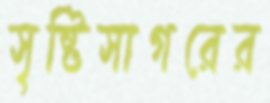
সৃষ্টিসাগরের